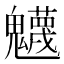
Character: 𩴾